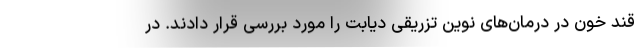
قند خون در درمان‌های نوین تزریقی دیابت را مورد بررسی قرار دادند. در